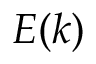
E ( k )